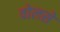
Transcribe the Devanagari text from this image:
वोलसे